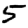
Digit: 5